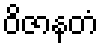
ဝိဇာနတံ